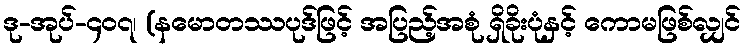
ဒု-အုပ်-၄၀၇၊ (နမောတဿပုဒ်ဖြင့် အပြည့်အစုံ ရှိခိုးပုံနှင့် ကောမဖြစ်လျှင်